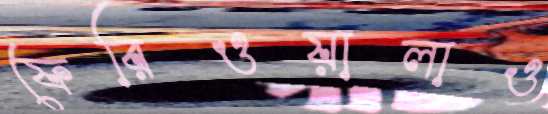
ফেরিওয়ালাও